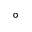
^ { \circ }